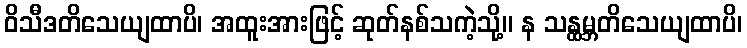
ဝိသီဒတိသေယျထာပိ၊ အထူးအားဖြင့် ဆုတ်နစ်သကဲ့သို့။ န သန္ထမ္ဘတိသေယျထာပိ၊